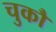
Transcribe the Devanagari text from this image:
चुकौ